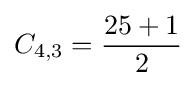
C_{4,3}={\frac {25+1}{2}}